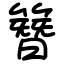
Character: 簪